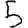
Digit: 5